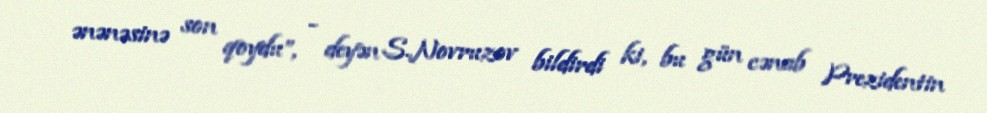
ənənəsinə son qoydu”, - deyən S.Novruzov bildirdi ki, bu gün cənab Prezidentin